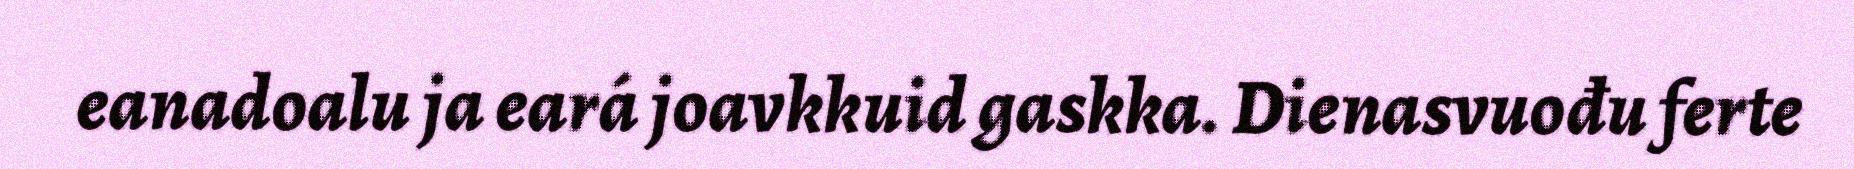
eanadoalu ja eará joavkkuid gaskka. Dienasvuođu ferte